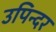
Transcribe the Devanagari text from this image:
उपिन्दर